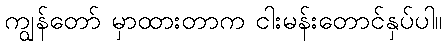
ကျွန်တော် မှာထားတာက ငါးမန်းတောင်နှပ်ပါ။